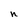
Character: n